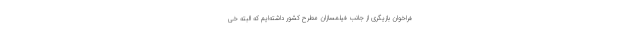
فراخوان بازیگری از جانب فیلمسازان مطرح کشور داشته‌ایم که البته خی